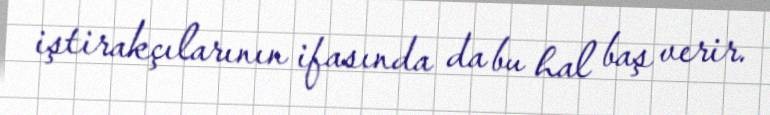
iştirakçılarının ifasında da bu hal baş verir.